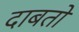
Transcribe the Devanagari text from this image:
दाबतो